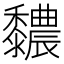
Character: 䵜